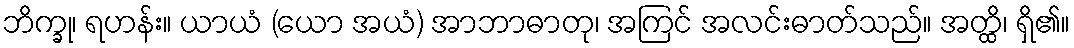
ဘိက္ခု၊ ရဟန်း။ ယာယံ (ယော အယံ) အာဘာဓာတု၊ အကြင် အလင်းဓာတ်သည်။ အတ္ထိ၊ ရှိ၏။